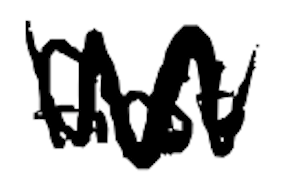
Text: first
Cross-out: zig-zag
Writing tool: digital_black